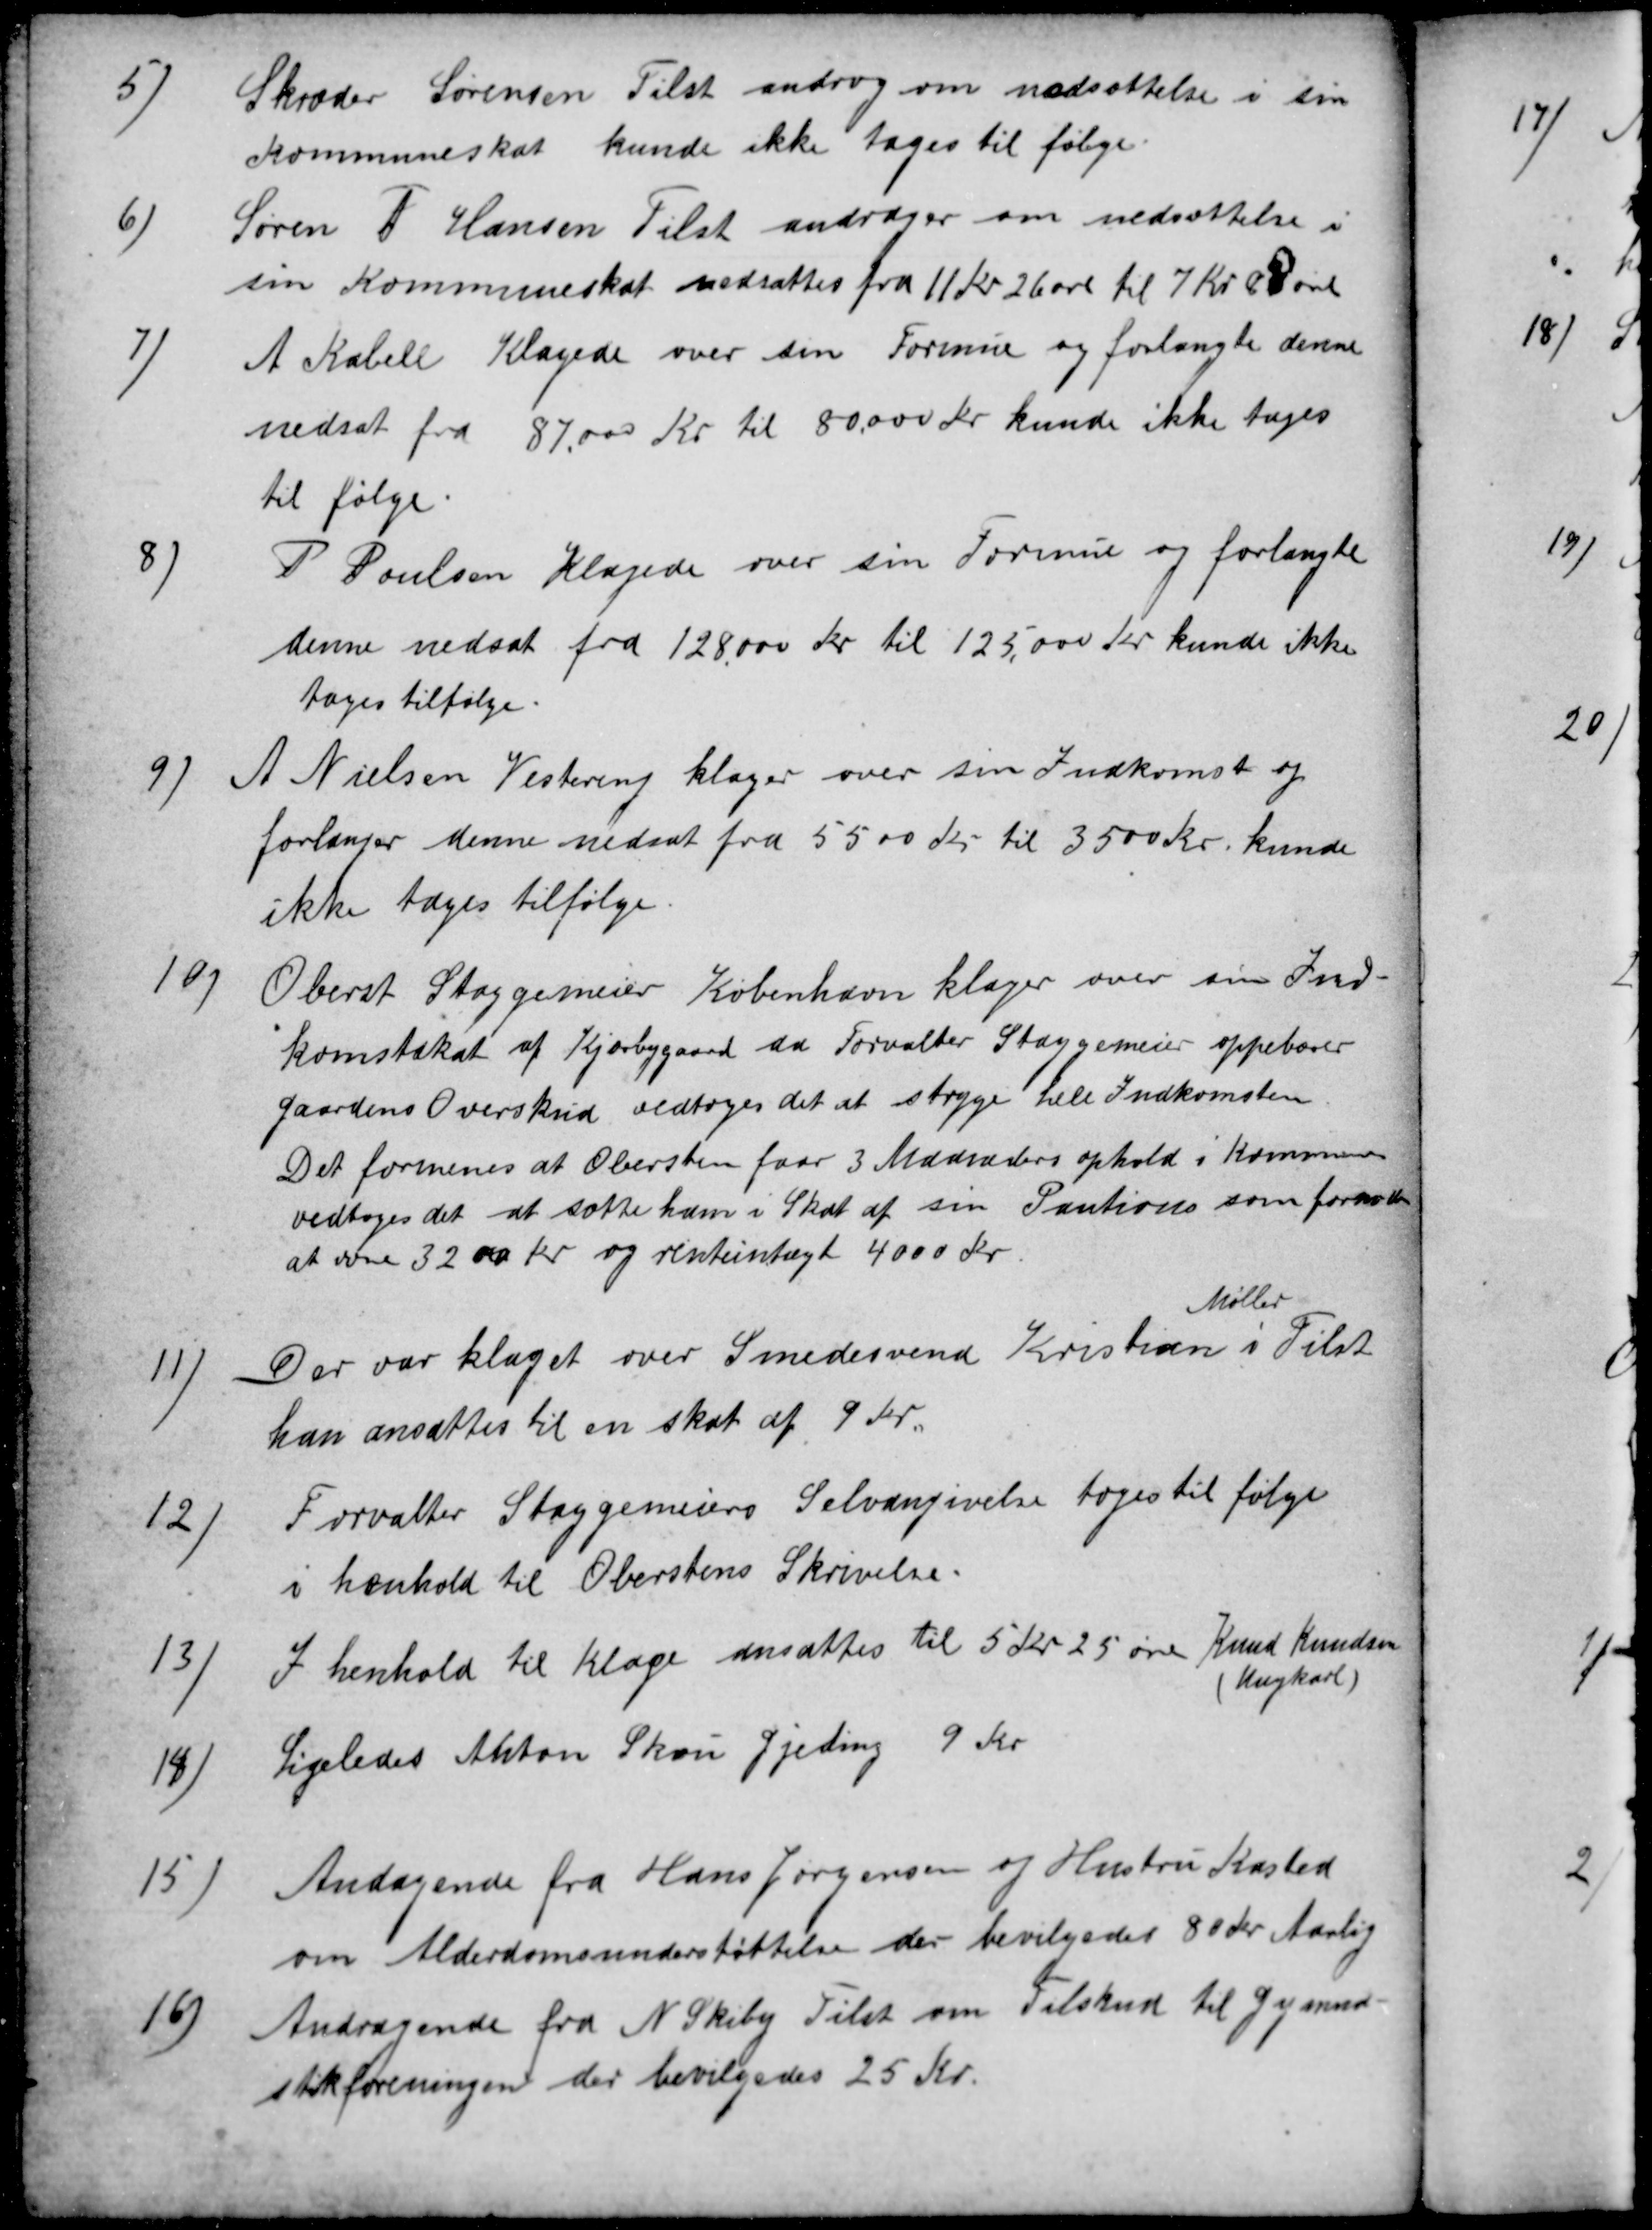
Transskription:
5)
Skræder Sørensen Tilst androg om nedsættelse i sin
Kommuneskat kunde ikke tages til følge
6)
Søren P Hansen Tilst andrager om nedsættelse i
sin Kommuneskat nedsattes fra 11 Kr 26 øre til 7 Kr 8 øre
7)
A Kabell Klagede over sin Formue og forlangte denne
nedsat fra 87.000 Kr til 80.000 Kr kunde ikke tages
til følge.
8)
P Poulsen Klagede over sin Formue og forlangte
denne nedsat fra 128.000 Kr til 125.000 Kr kunde ikke
tages tilfølge
9
A Nielsen Vestereng klager over sin Indkomst og
forlanger denne nedsat fra 5500 Kr til 3500 Kr. kunde
ikke tages tilfølge.
10)
Oberst Staggemeier København klager over sin Ind-
komstskat af Kjærbygaard da Forvalter Staggemeier oppebærer
Gaardens Overskud vedtoges det at stryge hele Indkomsten
Det formenes at Obersten faar 3 Maaneders ophold i Kommunen
vedtoges det at sætte ham i Skat af sin Pantions som formodes
at være 32 00 Kr og renteintægt 4000 Kr.
11)
Der var klaget over Smedesvend Kristian
Møller
i Tilst
han ansættes til en skat af 9 Kr.
12)
Forvalter Staggemeiers Selvangivelse toges til følge
i henhold til Oberstens Skrivelse.
13)
I henhold til Klage ansattes til 5 Kr 25 øre Knud Knudsen
(Ungkarl)
14)
Ligeledes Anton Skou Gjeding 9 Kr
15)
Andagende fra Hans Jørgensen og Hustru Kasted
om Alderdomsunderstøttelse der bevilgedes 80 Kr Aarlig
16)
Andragende fra N Skiby Tilst om Tilskud til Gymna-
stikforeningen der bevilgedes 25 Kr.